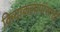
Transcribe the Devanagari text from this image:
क्रियाकलापांसाठी